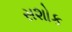
સશોક